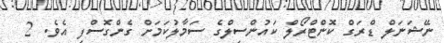
ނޭޝަނަލް ޑްރަގް ކޮންޓްރޯލް ކައުންސިލްގެ ސަމާލުކަމަށް ގެންގޮސްފި އެވެ. 2